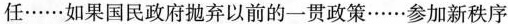
任……如果国民政府抛弃以前的一贯政策……参加新秩序